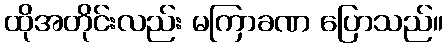
ထိုအတိုင်းလည်း မကြာခဏ ပြောသည်။